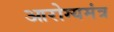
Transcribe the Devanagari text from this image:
आरोग्यमंत्र